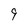
Character: 9